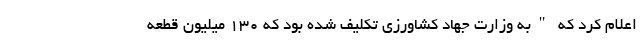
اعلام کرد که "به وزارت جهاد کشاورزی تکلیف شده بود که ۱۳۰ میلیون قطعه